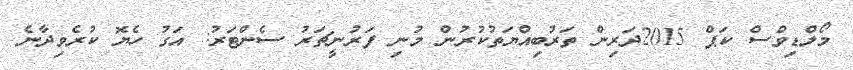
މޯލްޑިވްސް ކަޕް 2015ދަރިން ތަރުބިއްޔަތުކުރުން މުނި ފަރުނީޗަރު ސެންޓަރު: އަގު ހެޔޮ ކުރެވިދާނެ